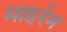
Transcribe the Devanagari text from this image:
माहर्रम